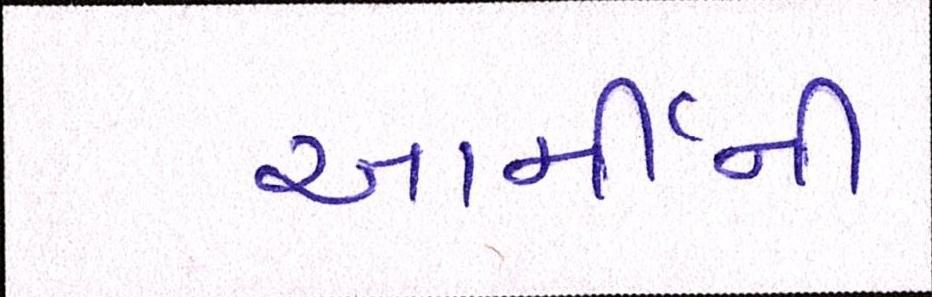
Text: આર્મીની